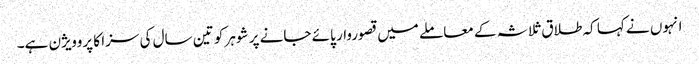
انہوں نے کہا کہ طلاق ثلاثہ کے معاملے میں قصوروار پائے جانے پر شوہر کو تین سال کی سزا کا پروویژن ہے۔